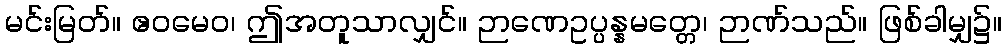
မင်းမြတ်။ ဧဝမေဝ၊ ဤအတူသာလျှင်။ ဉာဏေဥပ္ပန္နမတ္တေ၊ ဉာဏ်သည်။ ဖြစ်ခါမျှ၌။